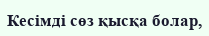
Кесімді сөз қысқа болар,